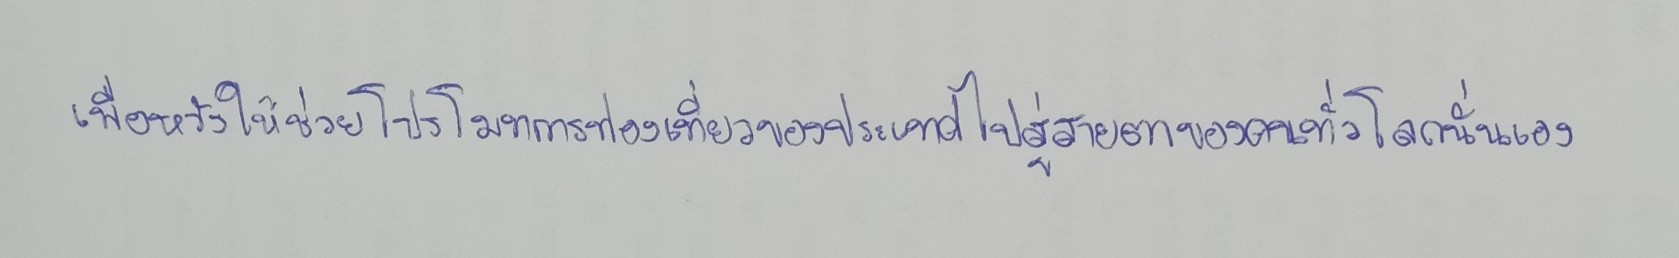
เพื่อหวังให้ช่วยโปรโมทการท่องเที่ยวของประเทศไปสู่สายตาของคนทั่วโลกนั่นเอง